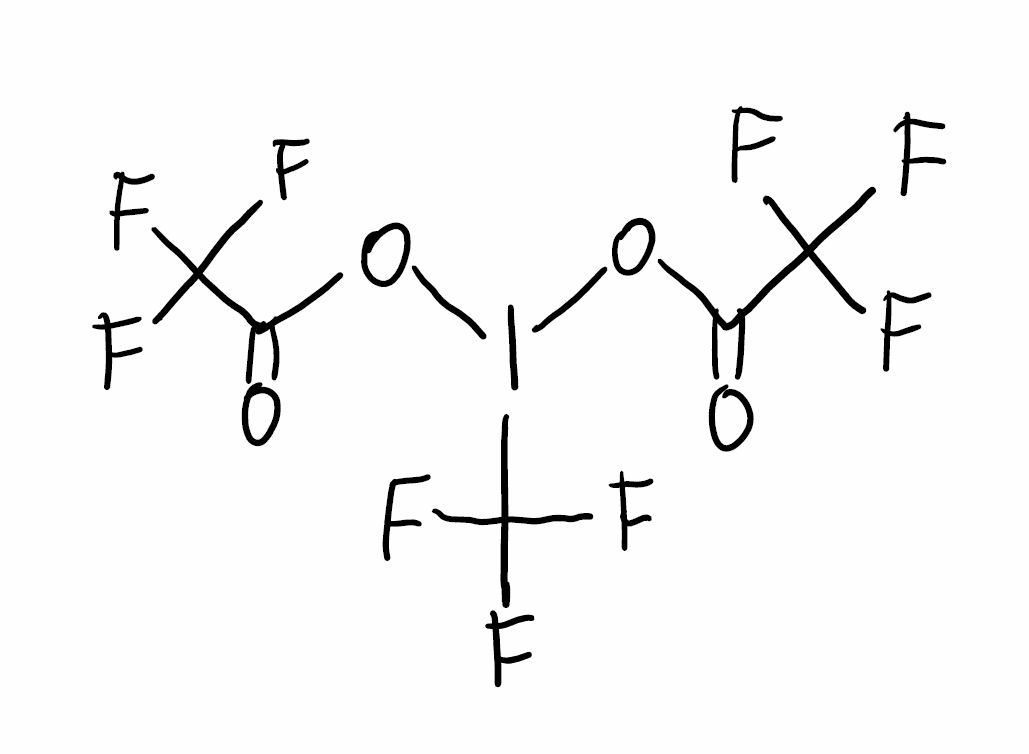
Simplified molecular-input line-entry system (SMILES) notation of the given molecule:
C(=O)(C(F)(F)F)OI(C(F)(F)F)OC(=O)C(F)(F)F